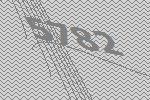
5782